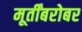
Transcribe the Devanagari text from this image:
मूर्तींबरोबर